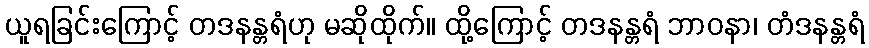
ယူရခြင်းကြောင့် တဒနန္တရံဟု မဆိုထိုက်။ ထို့ကြောင့် တဒနန္တရံ ဘာဝနာ၊ တံဒနန္တရံ